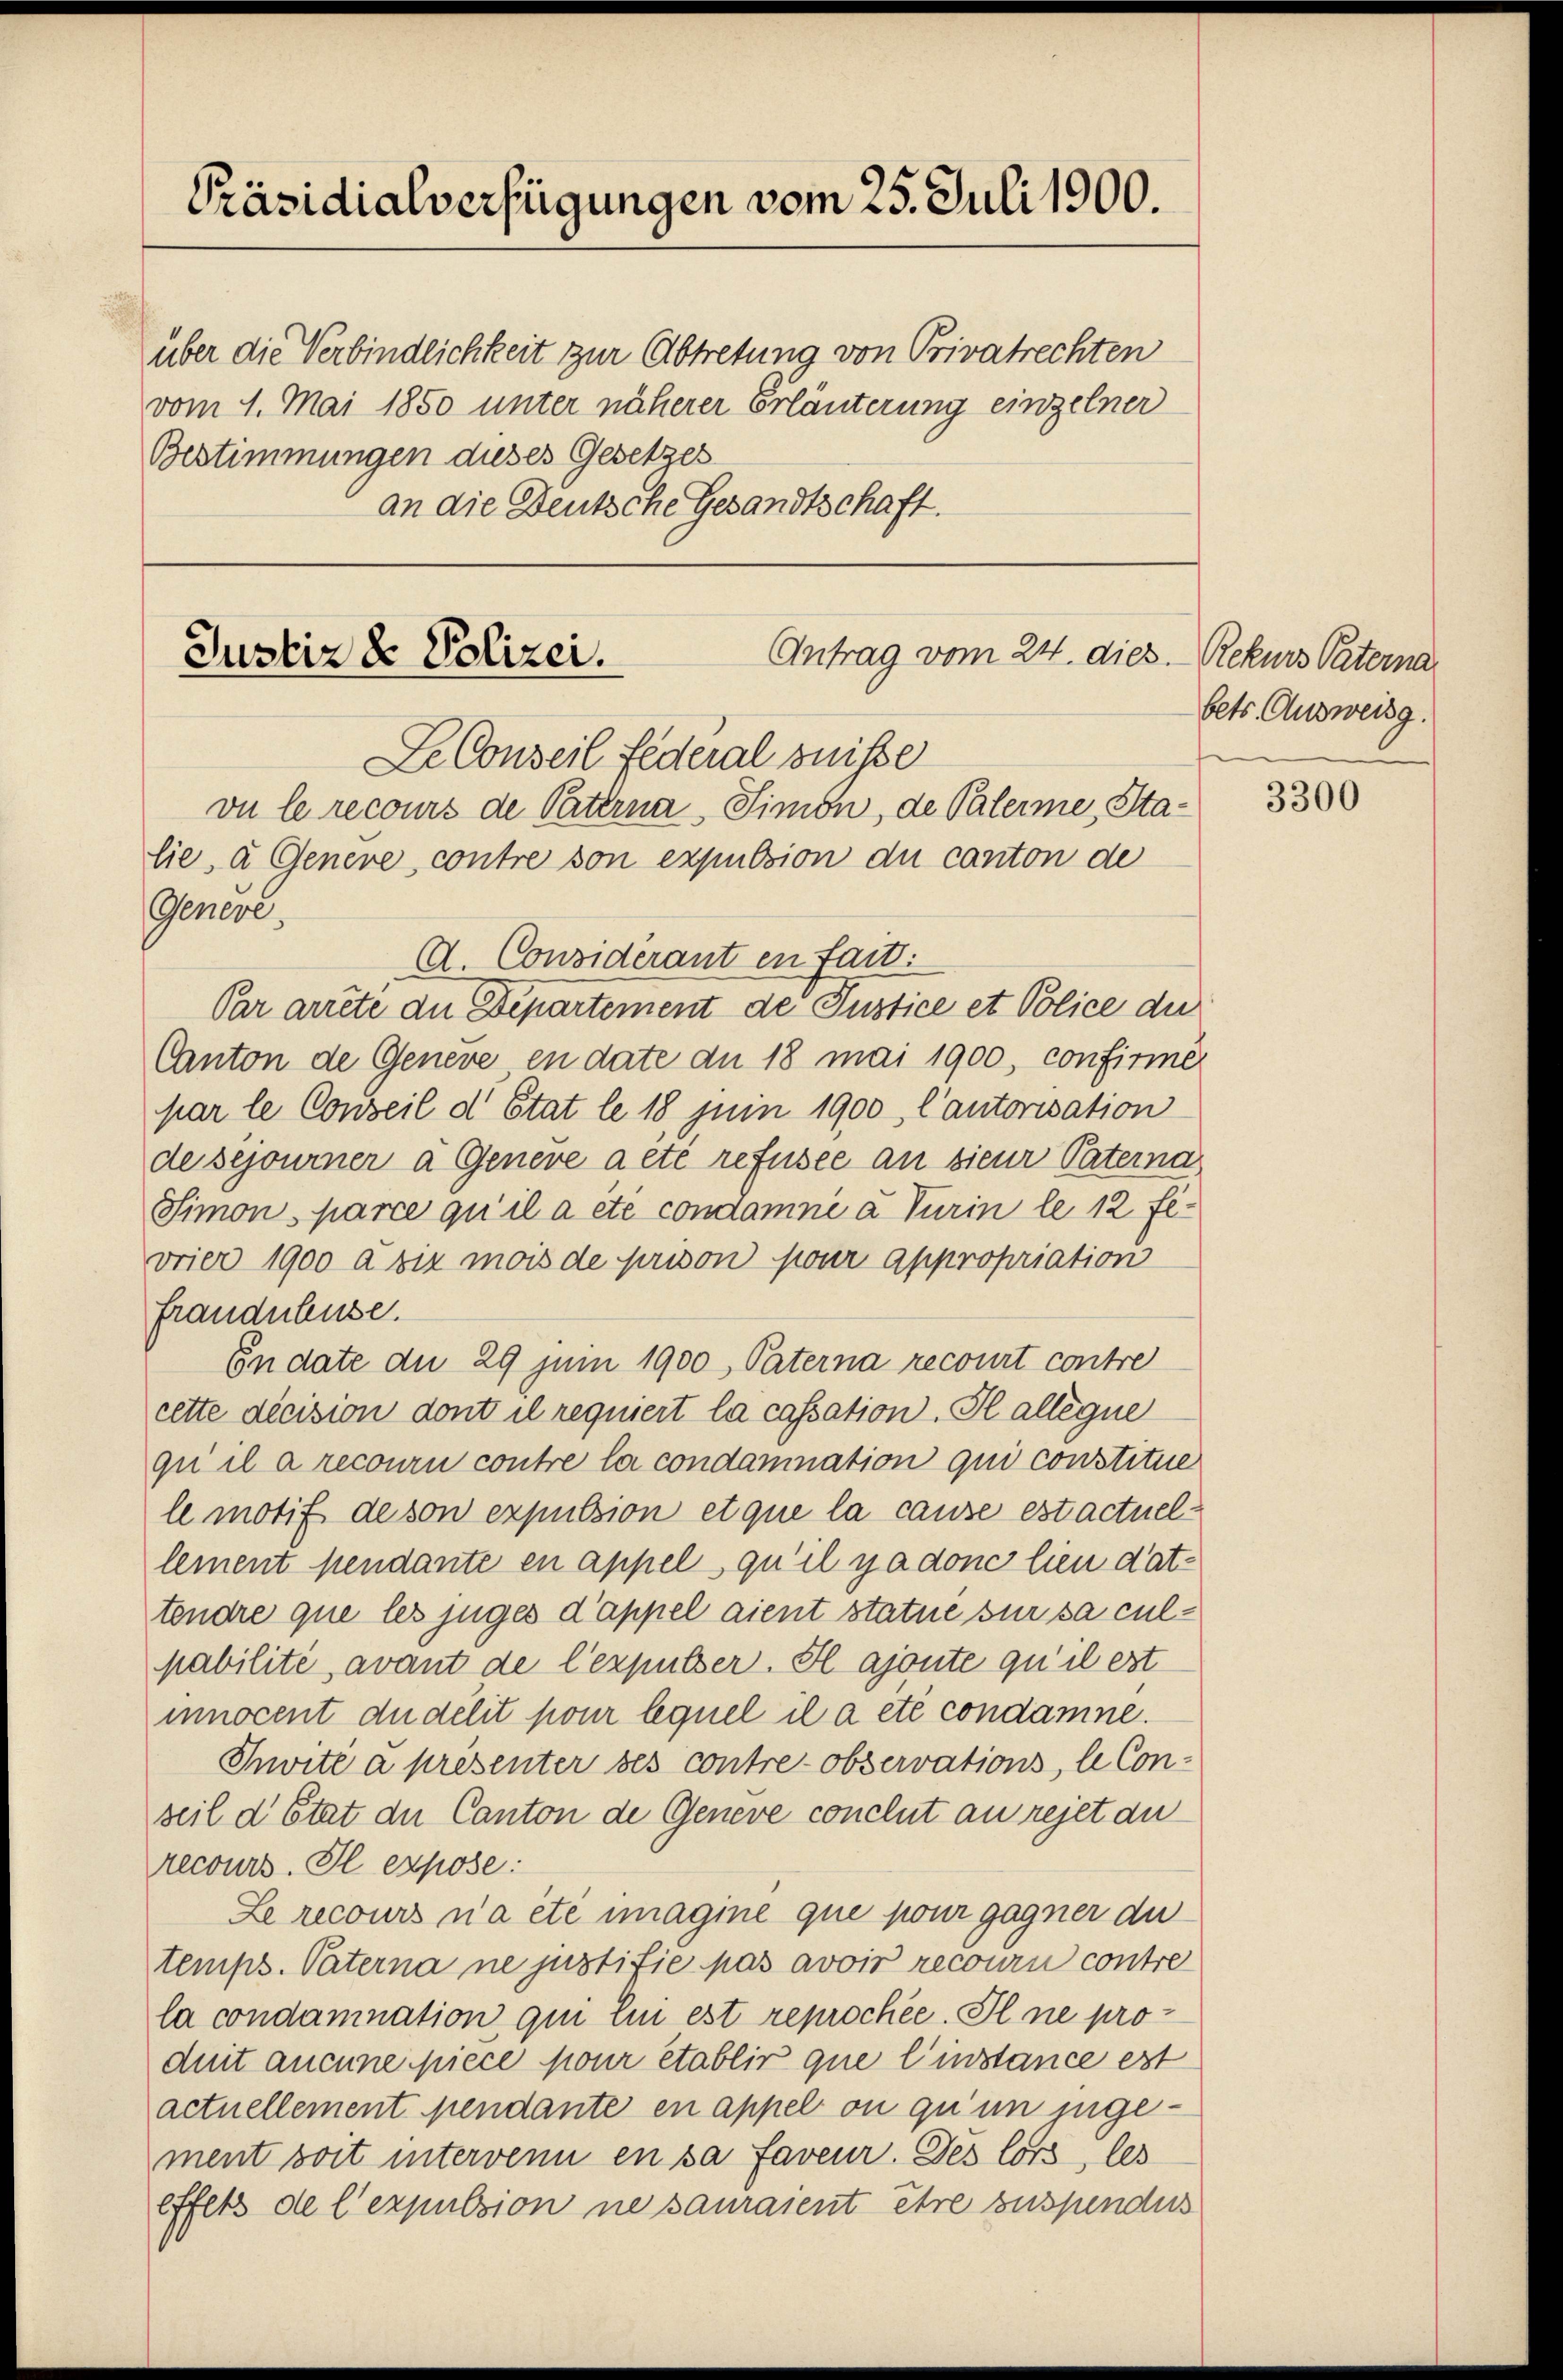
Präsidialverfügungen vom 25. Juli 1900.

über die Verbindlichkeit zur Abtretung von Privatrechten
vom 1. Mai 1850 unter näherer Erläuterung einzelner
Bestimmungen dieses Gesetzes
an die Deutsche Gesandtschaft.

Antrag vom 24. dies.
Justiz & Polizei.
Le Conseil Federal suite

vu le recours de Paterna - Simon, de Palerme, Stalie, a Genere, contre son expulsion du canton de
Geners,
A. Considérant en fait.
Par arrete die Departement de Justice et Police die
Canton de Geneve en date du 18 mai 1900, confirme
par le Conseil d’Etat le 18. Juni 1900, l’autorisation
de sejourner à Genere a été refusee an sieur Paterna
Simon, parce qu’il a etc condamné à Turin le 12 Fi-
vrier 1900 a six mois de prison pour appropriation
frauduluse.
En date du 29 Juni 1900 Paterna recourt contre
cette dicision dont il requiert la cassation. Il allégue
qu il a recouru contre la condamnation qui constitue
le motif de son expulsion etque la cause est actuellement pendante en appel qu’il yadone lieu dattendre que les juges d’appel aient statue sur sa culpabilite, avant de lexpulser. Il ajoute qu’il est
inocent du delit pour lequel il a été condamne.
Invite a présenter des contre- observations, le Con-
seil d’Etat der Canton de Geneve conclut au rejet au
recours. Il expose:
Le recours n’a etc unagine que pour gagner du
temps. Paterna ne justifie pas avoir recour contre
la condamnation qui lin est reprochée. Il ne produit aucune piece pour établir que l’instance est
actuellement pendante en appel ou qu’un juge-
ment soit intervenn en sa faveur. Des lors, les
effets de l’expulsion ne sauraient être suspendus

Rekurs Paterna
bets. Ausweisg.

3300